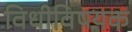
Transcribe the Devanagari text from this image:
विधीविषयक